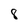
Character: 8